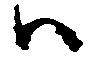
ハ